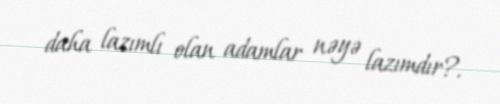
daha lazımlı olan adamlar nəyə lazımdır?.